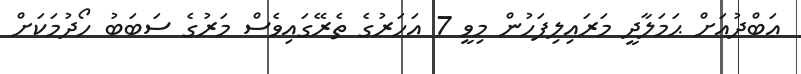
ޢަބްދުއަށް ޙަމަލާދީ މަރައިލިފަހުން މިވީ 7 އަހަރުގެ ތެރޭގައިވެސް މަރުގެ ސަބަބު ހޯދުމަކަށް